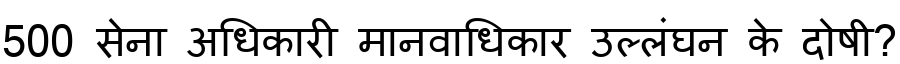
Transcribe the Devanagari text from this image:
500 सेना अधिकारी मानवाधिकार उल्लंघन के दोषी?